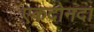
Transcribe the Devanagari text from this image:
एकदोनदा